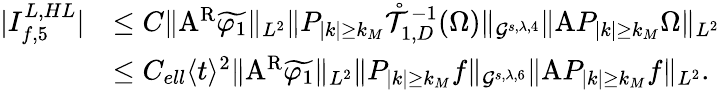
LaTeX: \begin{array}{rl}{|I_{f,5}^{L,HL}|}&{\leq C\| \mathrm{A}^{\mathrm{R}}\widetilde{\varphi_{1}}\| _{L^{2}}\| P_{|k|\geq k_{M}}\mathring{\mathcal{T}}_{1,D}^{-1}(\Omega)\| _{\mathcal{G}^{s,\lambda,4}}\| \mathrm{A}P_{|k|\geq k_{M}}\Omega\| _{L^{2}}}\\ &{\leq C_{ell}\langle t\rangle^{2}\| \mathrm{A}^{\mathrm{R}}\widetilde{\varphi_{1}}\| _{L^{2}}\| P_{|k|\geq k_{M}}f\| _{\mathcal{G}^{s,\lambda,6}}\| \mathrm{A}P_{|k|\geq k_{M}}f\| _{L^{2}}.}\end{array}